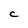
Character: C